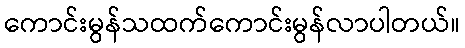
ကောင်းမွန်သထက်ကောင်းမွန်လာပါတယ်။